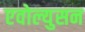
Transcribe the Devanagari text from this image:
एवोल्युसन